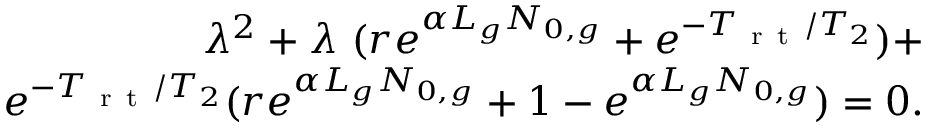
\begin{array} { r } { \lambda ^ { 2 } + \lambda \ ( r e ^ { \alpha L _ { g } N _ { 0 , g } } + e ^ { - T _ { \mathrm { ~ r ~ t ~ } } / T _ { 2 } } ) + } \\ { e ^ { - T _ { \mathrm { ~ r ~ t ~ } } / T _ { 2 } } ( r e ^ { \alpha L _ { g } N _ { 0 , g } } + 1 - e ^ { \alpha L _ { g } N _ { 0 , g } } ) = 0 . } \end{array}